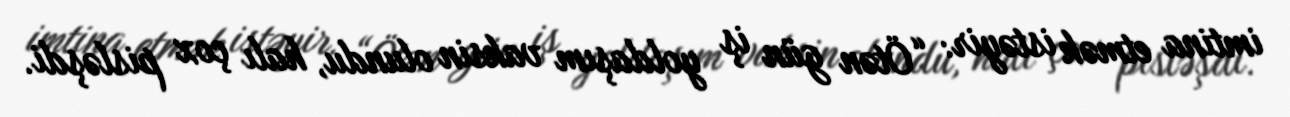
imtina etmək istəyir: “Ötən gün iş yoldaşım vaksin olundu, halı çox pisləşdi.